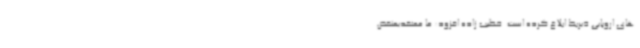
های اروپایی ذیربط ابلاغ کرده است. خطیب زاده افزود: ما معتقدیمنقض